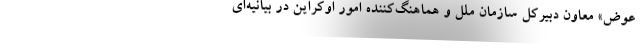
عوض» معاون دبیرکل سازمان ملل و هماهنگ‌کننده امور اوکراین در بیانیه‌ای